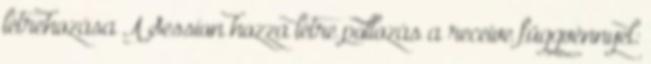
létrehozása A Session hozza létre pollozás a receive függvénnyel: